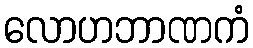
လောဟဘာဏကံ